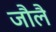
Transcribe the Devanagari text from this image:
जौलै